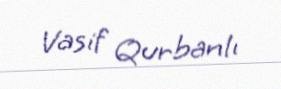
Vasif Qurbanlı